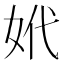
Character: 𡛲